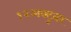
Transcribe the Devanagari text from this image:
१२अक्टुवर